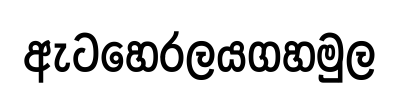
ඇටහෙරලයගහමුල